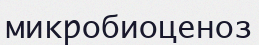
микробиоценоз